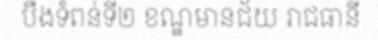
បឹងទំពន់ទី២ ខណ្ឌមានជ័យ រាជធានី